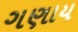
ગણાય